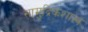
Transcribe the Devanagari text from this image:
सामुद्रिकशास्त्र